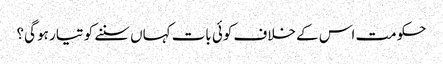
حکومت اس کے خلاف کوئی بات کہاں سننے کو تیار ہو گی؟